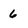
Character: 6